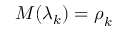
\boldsymbol { M } ( \boldsymbol { \lambda } _ { k } ) = \boldsymbol { \rho } _ { k }